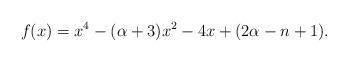
LaTeX: \begin{align*} f(x)=x^4-(\alpha+3)x^2-4x+(2\alpha-n+1).\end{align*}